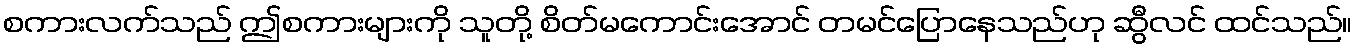
စကားလက်သည် ဤစကားများကို သူတို့ စိတ်မကောင်းအောင် တမင်ပြောနေသည်ဟု ဆွီလင် ထင်သည်။